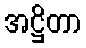
အဋ္ဌိတာ